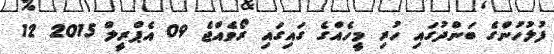
ފުލުހުންގެ ބަންދުގައި ހުރި މީހެއްގެ ގައިގައި ރޯވެއްޖެ 09 އެޕްރީލް 2015 12